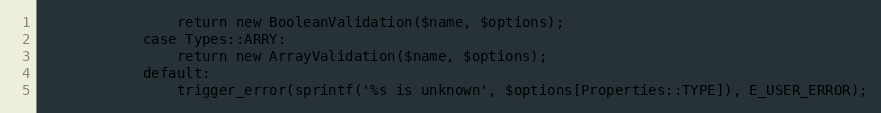
Language: PHP
                return new BooleanValidation($name, $options);
            case Types::ARRY:
                return new ArrayValidation($name, $options);
            default:
                trigger_error(sprintf('%s is unknown', $options[Properties::TYPE]), E_USER_ERROR);